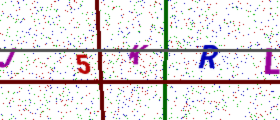
Text: J5KRL